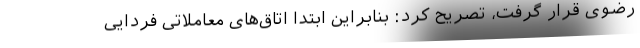
رضوی قرار گرفت، تصریح کرد: بنابراین ابتدا اتاق‌های معاملاتی فردایی